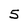
Character: 5